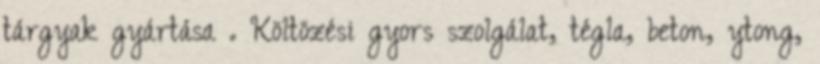
tárgyak gyártása . Költözési gyors szolgálat, tégla, beton, ytong,